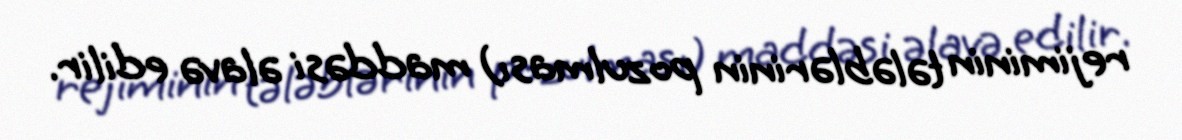
rejiminin tələblərinin pozulması) maddəsi əlavə edilir.